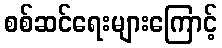
စစ်ဆင်ရေးများကြောင့်